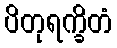
ပိတုရက္ခိတံ